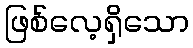
ဖြစ်လေ့ရှိသော